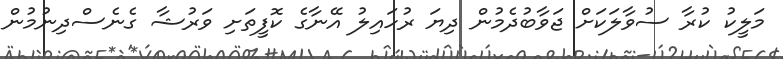
މަލީކު ކުރާ ސުވާލަކަށް ޖަވާބުދެމުން ދިޔަ ރުހައިލު އޭނާގެ ކޮފީތަށި ވަރުޝާ ގެނެސްދިނުމުން